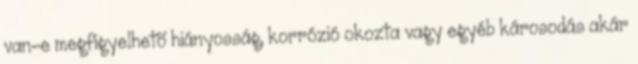
van-e megfigyelhetõ hiányosság, korrózió okozta vagy egyéb károsodás akár